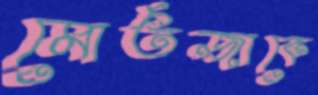
মোর্তজাকে